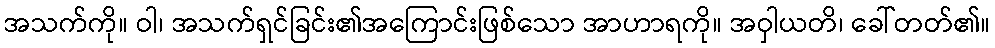
အသက်ကို။ ဝါ၊ အသက်ရှင်ခြင်း၏အကြောင်းဖြစ်သော အာဟာရကို။ အဝှါယတိ၊ ခေါ်တတ်၏။